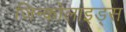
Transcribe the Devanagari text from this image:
जिन्कोलाइड्स